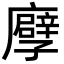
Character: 𢋶